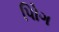
પોિગ